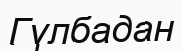
Гүлбадан